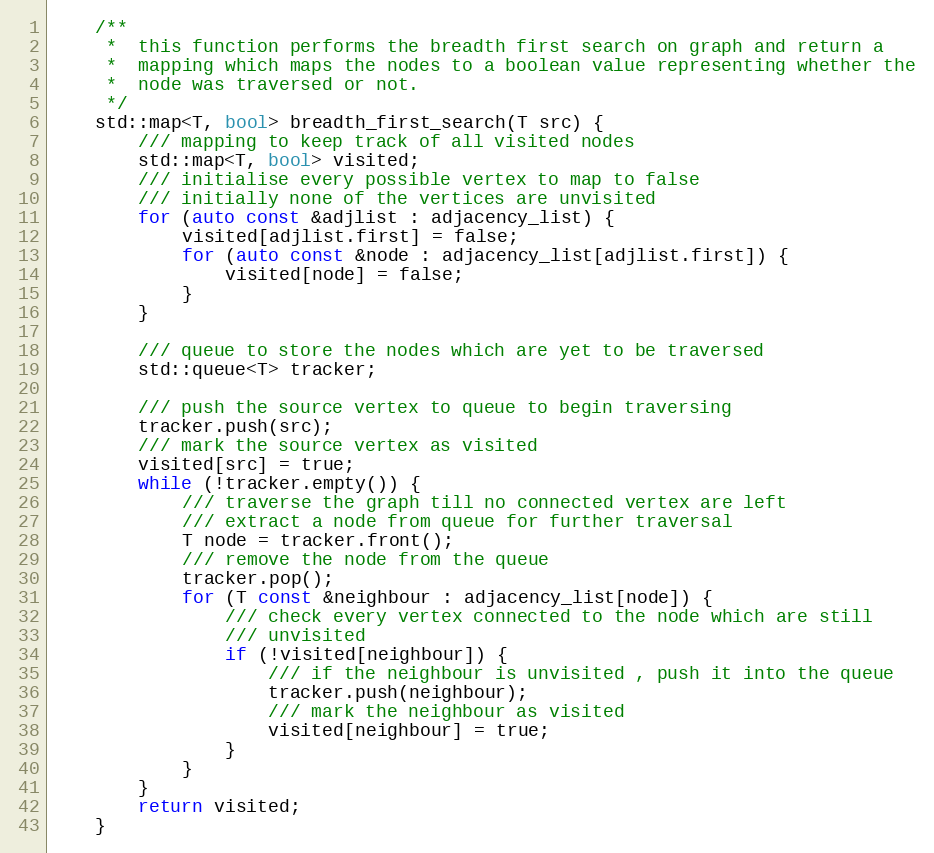
Language: C++
    /**
     *  this function performs the breadth first search on graph and return a
     *  mapping which maps the nodes to a boolean value representing whether the
     *  node was traversed or not.
     */
    std::map<T, bool> breadth_first_search(T src) {
        /// mapping to keep track of all visited nodes
        std::map<T, bool> visited;
        /// initialise every possible vertex to map to false
        /// initially none of the vertices are unvisited
        for (auto const &adjlist : adjacency_list) {
            visited[adjlist.first] = false;
            for (auto const &node : adjacency_list[adjlist.first]) {
                visited[node] = false;
            }
        }

        /// queue to store the nodes which are yet to be traversed
        std::queue<T> tracker;

        /// push the source vertex to queue to begin traversing
        tracker.push(src);
        /// mark the source vertex as visited
        visited[src] = true;
        while (!tracker.empty()) {
            /// traverse the graph till no connected vertex are left
            /// extract a node from queue for further traversal
            T node = tracker.front();
            /// remove the node from the queue
            tracker.pop();
            for (T const &neighbour : adjacency_list[node]) {
                /// check every vertex connected to the node which are still
                /// unvisited
                if (!visited[neighbour]) {
                    /// if the neighbour is unvisited , push it into the queue
                    tracker.push(neighbour);
                    /// mark the neighbour as visited
                    visited[neighbour] = true;
                }
            }
        }
        return visited;
    }